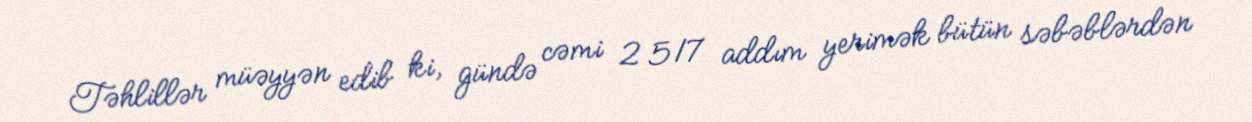
Təhlillər müəyyən edib ki, gündə cəmi 2 517 addım yerimək bütün səbəblərdən